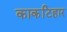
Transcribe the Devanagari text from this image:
काकटिहार